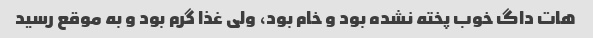
هات داگ خوب پخته نشده بود و خام بود، ولی غذا گرم بود و به موقع رسید